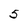
Character: 5